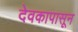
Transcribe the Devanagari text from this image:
देवकापासून